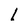
Character: l